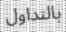
بالتداول